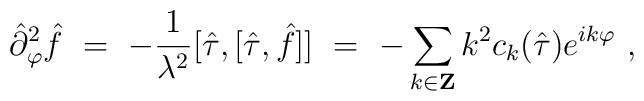
{\hat\partial}^2_\varphi {\hat f}\ =\ -\frac{1}{\lambda^2} [{\hat\tau},[{\hat\tau} ,{\hat f}]]\ =\ -\sum_{k\in {\bf Z}} k^2 c_k ({\hat \tau})e^{ik\varphi } \ ,